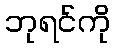
ဘုရင်ကို